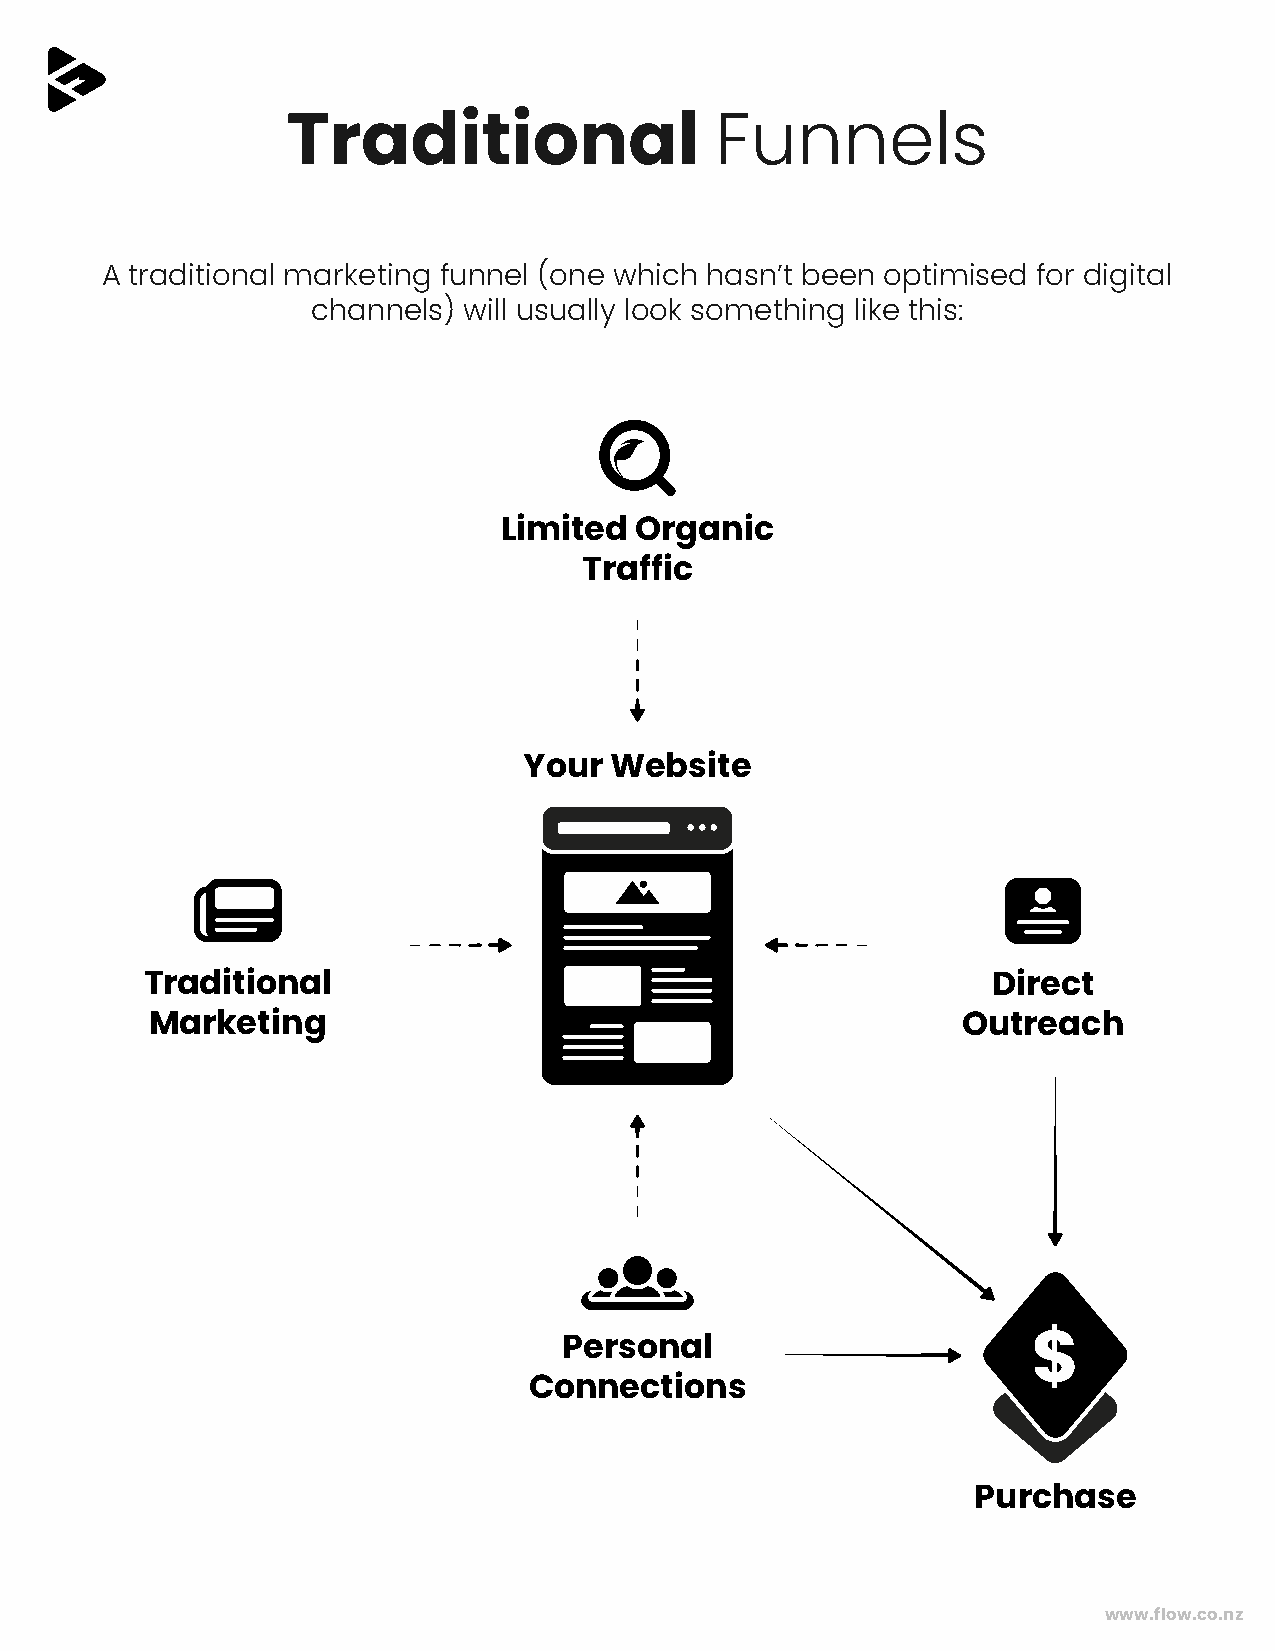
Traditional                 Funnels
 A traditional marketing funnel (one which hasn’t been optimised for digital
 channels) will usually look something like this:
 Limited  Organic
 Traffic
 Your Website
 Traditional                                             Direct
 Marketing                                             Outreach
 Personal
 $
 Connections
 Purchase
 www.flow.co.nz